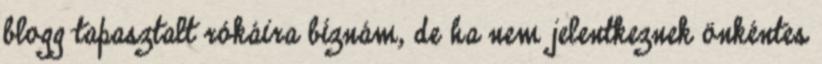
blogg tapasztalt rókáira bíznám, de ha nem jelentkeznek önkéntes